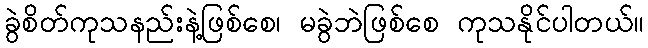
ခွဲစိတ်ကုသနည်းနဲ့ဖြစ်စေ၊ မခွဲဘဲဖြစ်စေ ကုသနိုင်ပါတယ်။